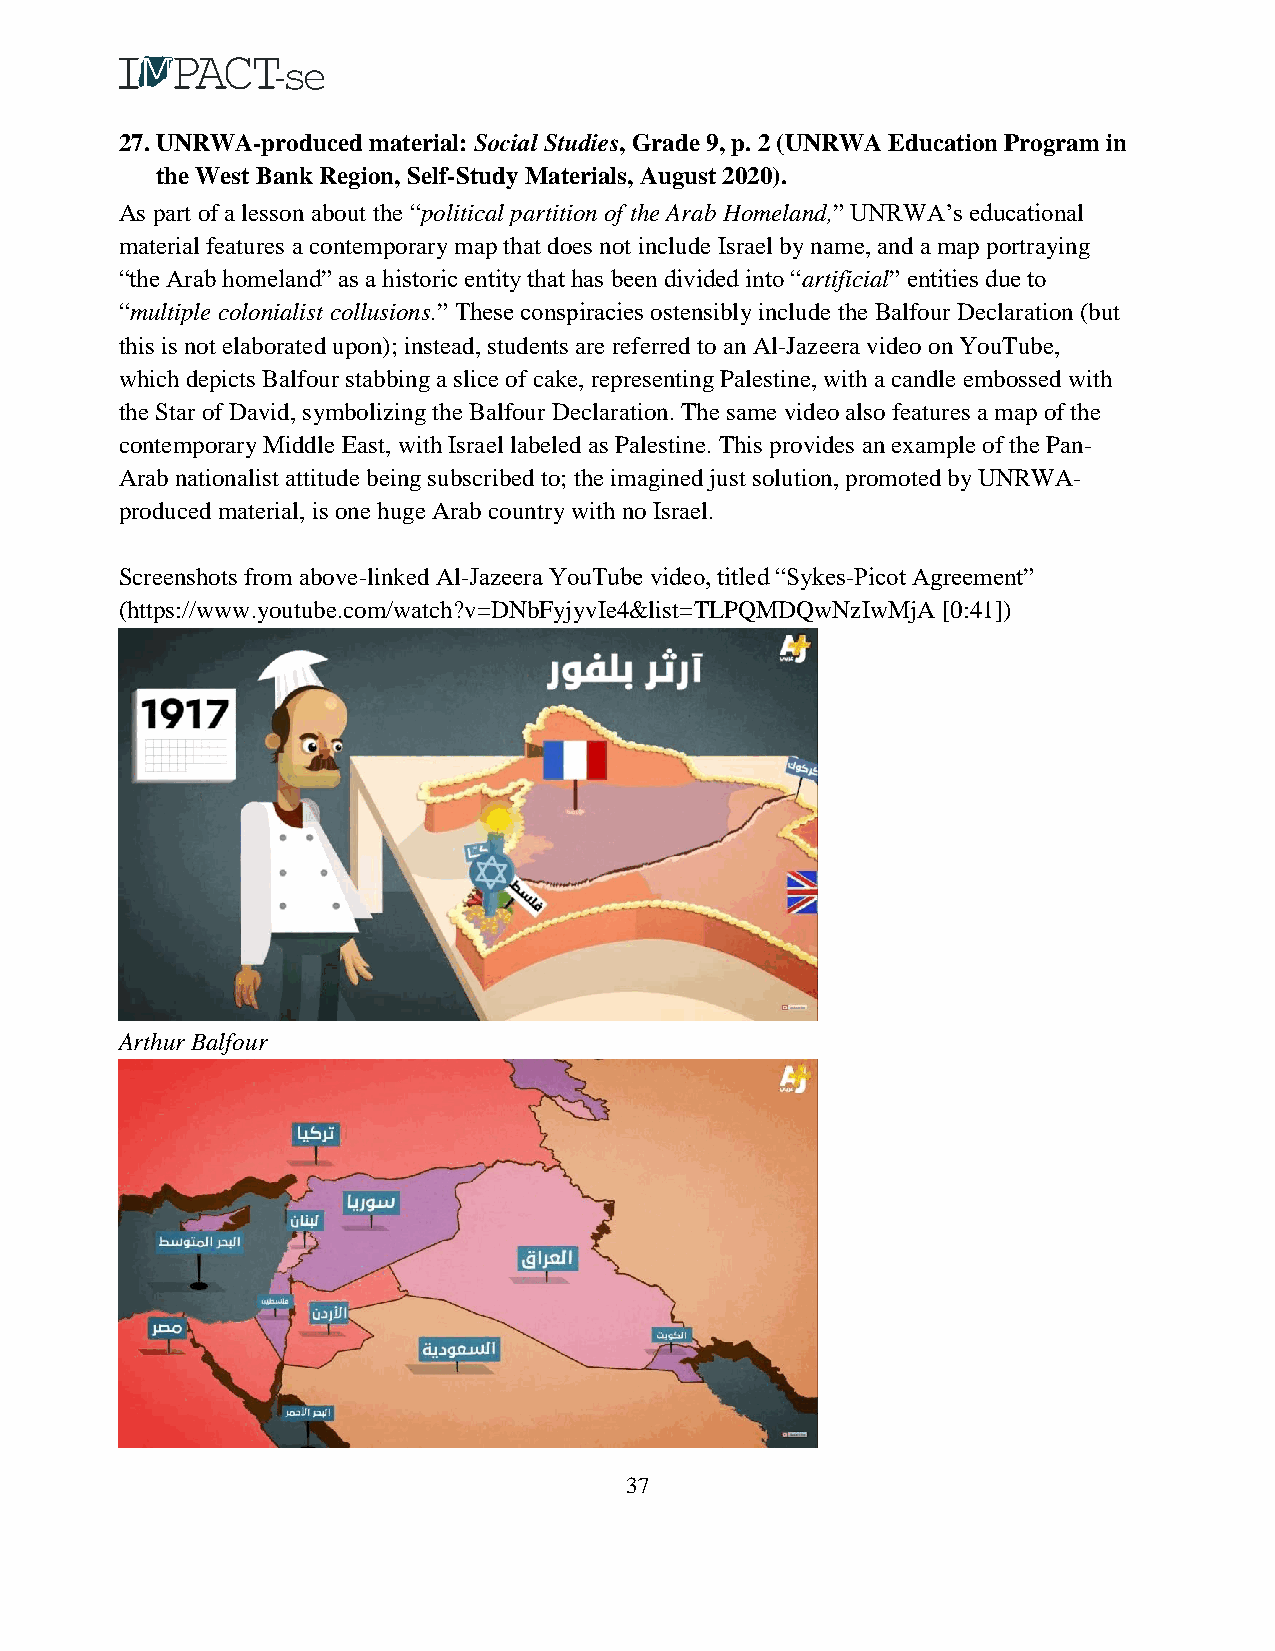
27. UNRWA-produced material: Social Studies, Grade 9, p. 2 (UNRWA Education Program in
 the West Bank Region, Self-Study Materials, August 2020).
 As part of a lesson about the “political partition of the Arab Homeland,” UNRWA’s educational
 material features a contemporary map that does not include Israel by name, and a map portraying
 “the Arab homeland” as a historic entity that has been divided into “artificial” entities due to
 “multiple colonialist collusions.” These conspiracies ostensibly include the Balfour Declaration (but
 this is not elaborated upon); instead, students are referred to an Al-Jazeera video on YouTube,
 which depicts Balfour stabbing a slice of cake, representing Palestine, with a candle embossed with
 the Star of David, symbolizing the Balfour Declaration. The same video also features a map of the
 contemporary Middle East, with Israel labeled as Palestine. This provides an example of the Pan-
 Arab nationalist attitude being subscribed to; the imagined just solution, promoted by UNRWA-
 produced material, is one huge Arab country with no Israel.
 Screenshots from above-linked Al-Jazeera YouTube video, titled “Sykes-Picot Agreement”
 (https://www.youtube.com/watch?v=DNbFyjyvIe4&list=TLPQMDQwNzIwMjA [0:41])
 Arthur Balfour
 37